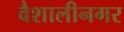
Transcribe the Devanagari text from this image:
वैशालीनगर